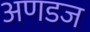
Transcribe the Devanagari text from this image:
अणडज